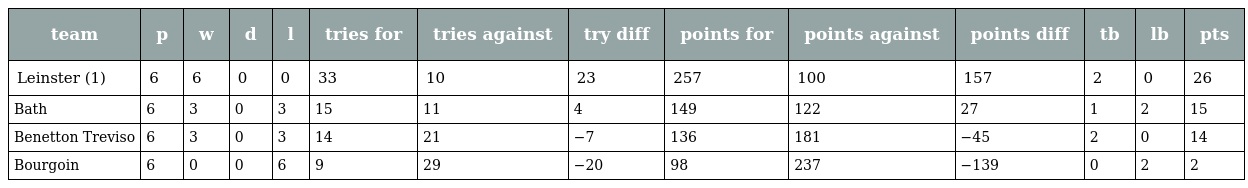
| team | p | w | d | l | tries for | tries against | try diff | points for | points against | points diff | tb | lb | pts |
 | --- | --- | --- | --- | --- | --- | --- | --- | --- | --- | --- | --- | --- | --- |
 | Leinster (1) | 6 | 6 | 0 | 0 | 33 | 10 | 23 | 257 | 100 | 157 | 2 | 0 | 26 |
 | Bath | 6 | 3 | 0 | 3 | 15 | 11 | 4 | 149 | 122 | 27 | 1 | 2 | 15 |
 | Benetton Treviso | 6 | 3 | 0 | 3 | 14 | 21 | −7 | 136 | 181 | −45 | 2 | 0 | 14 |
 | Bourgoin | 6 | 0 | 0 | 6 | 9 | 29 | −20 | 98 | 237 | −139 | 0 | 2 | 2 |